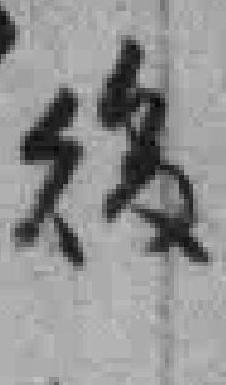
後